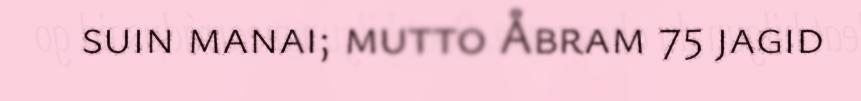
suin manai; mutto Åbram 75 jagid